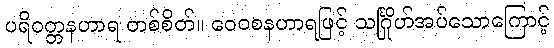
ပရိဝတ္တနဟာရ တစ်စိတ်။ ဝေဝစနဟာရဖြင့် သင်္ဂြိုဟ်အပ်သောကြောင့်